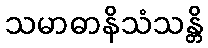
သမာဓာနိသံသန္တိ